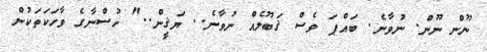
ނޫން ނޫން. ނުވާނެ. ބައްޕަ ވެސް ޤަބޫލެއް ނުވާނެ.. ޔަޤީން.." ހުސްނާގެ ވާހަކަތަކުން